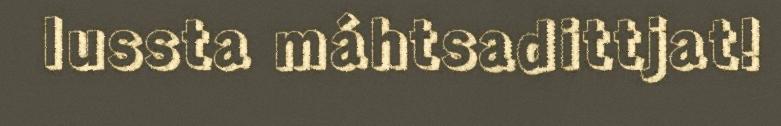
lussta máhtsadittjat!